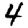
Digit: 4